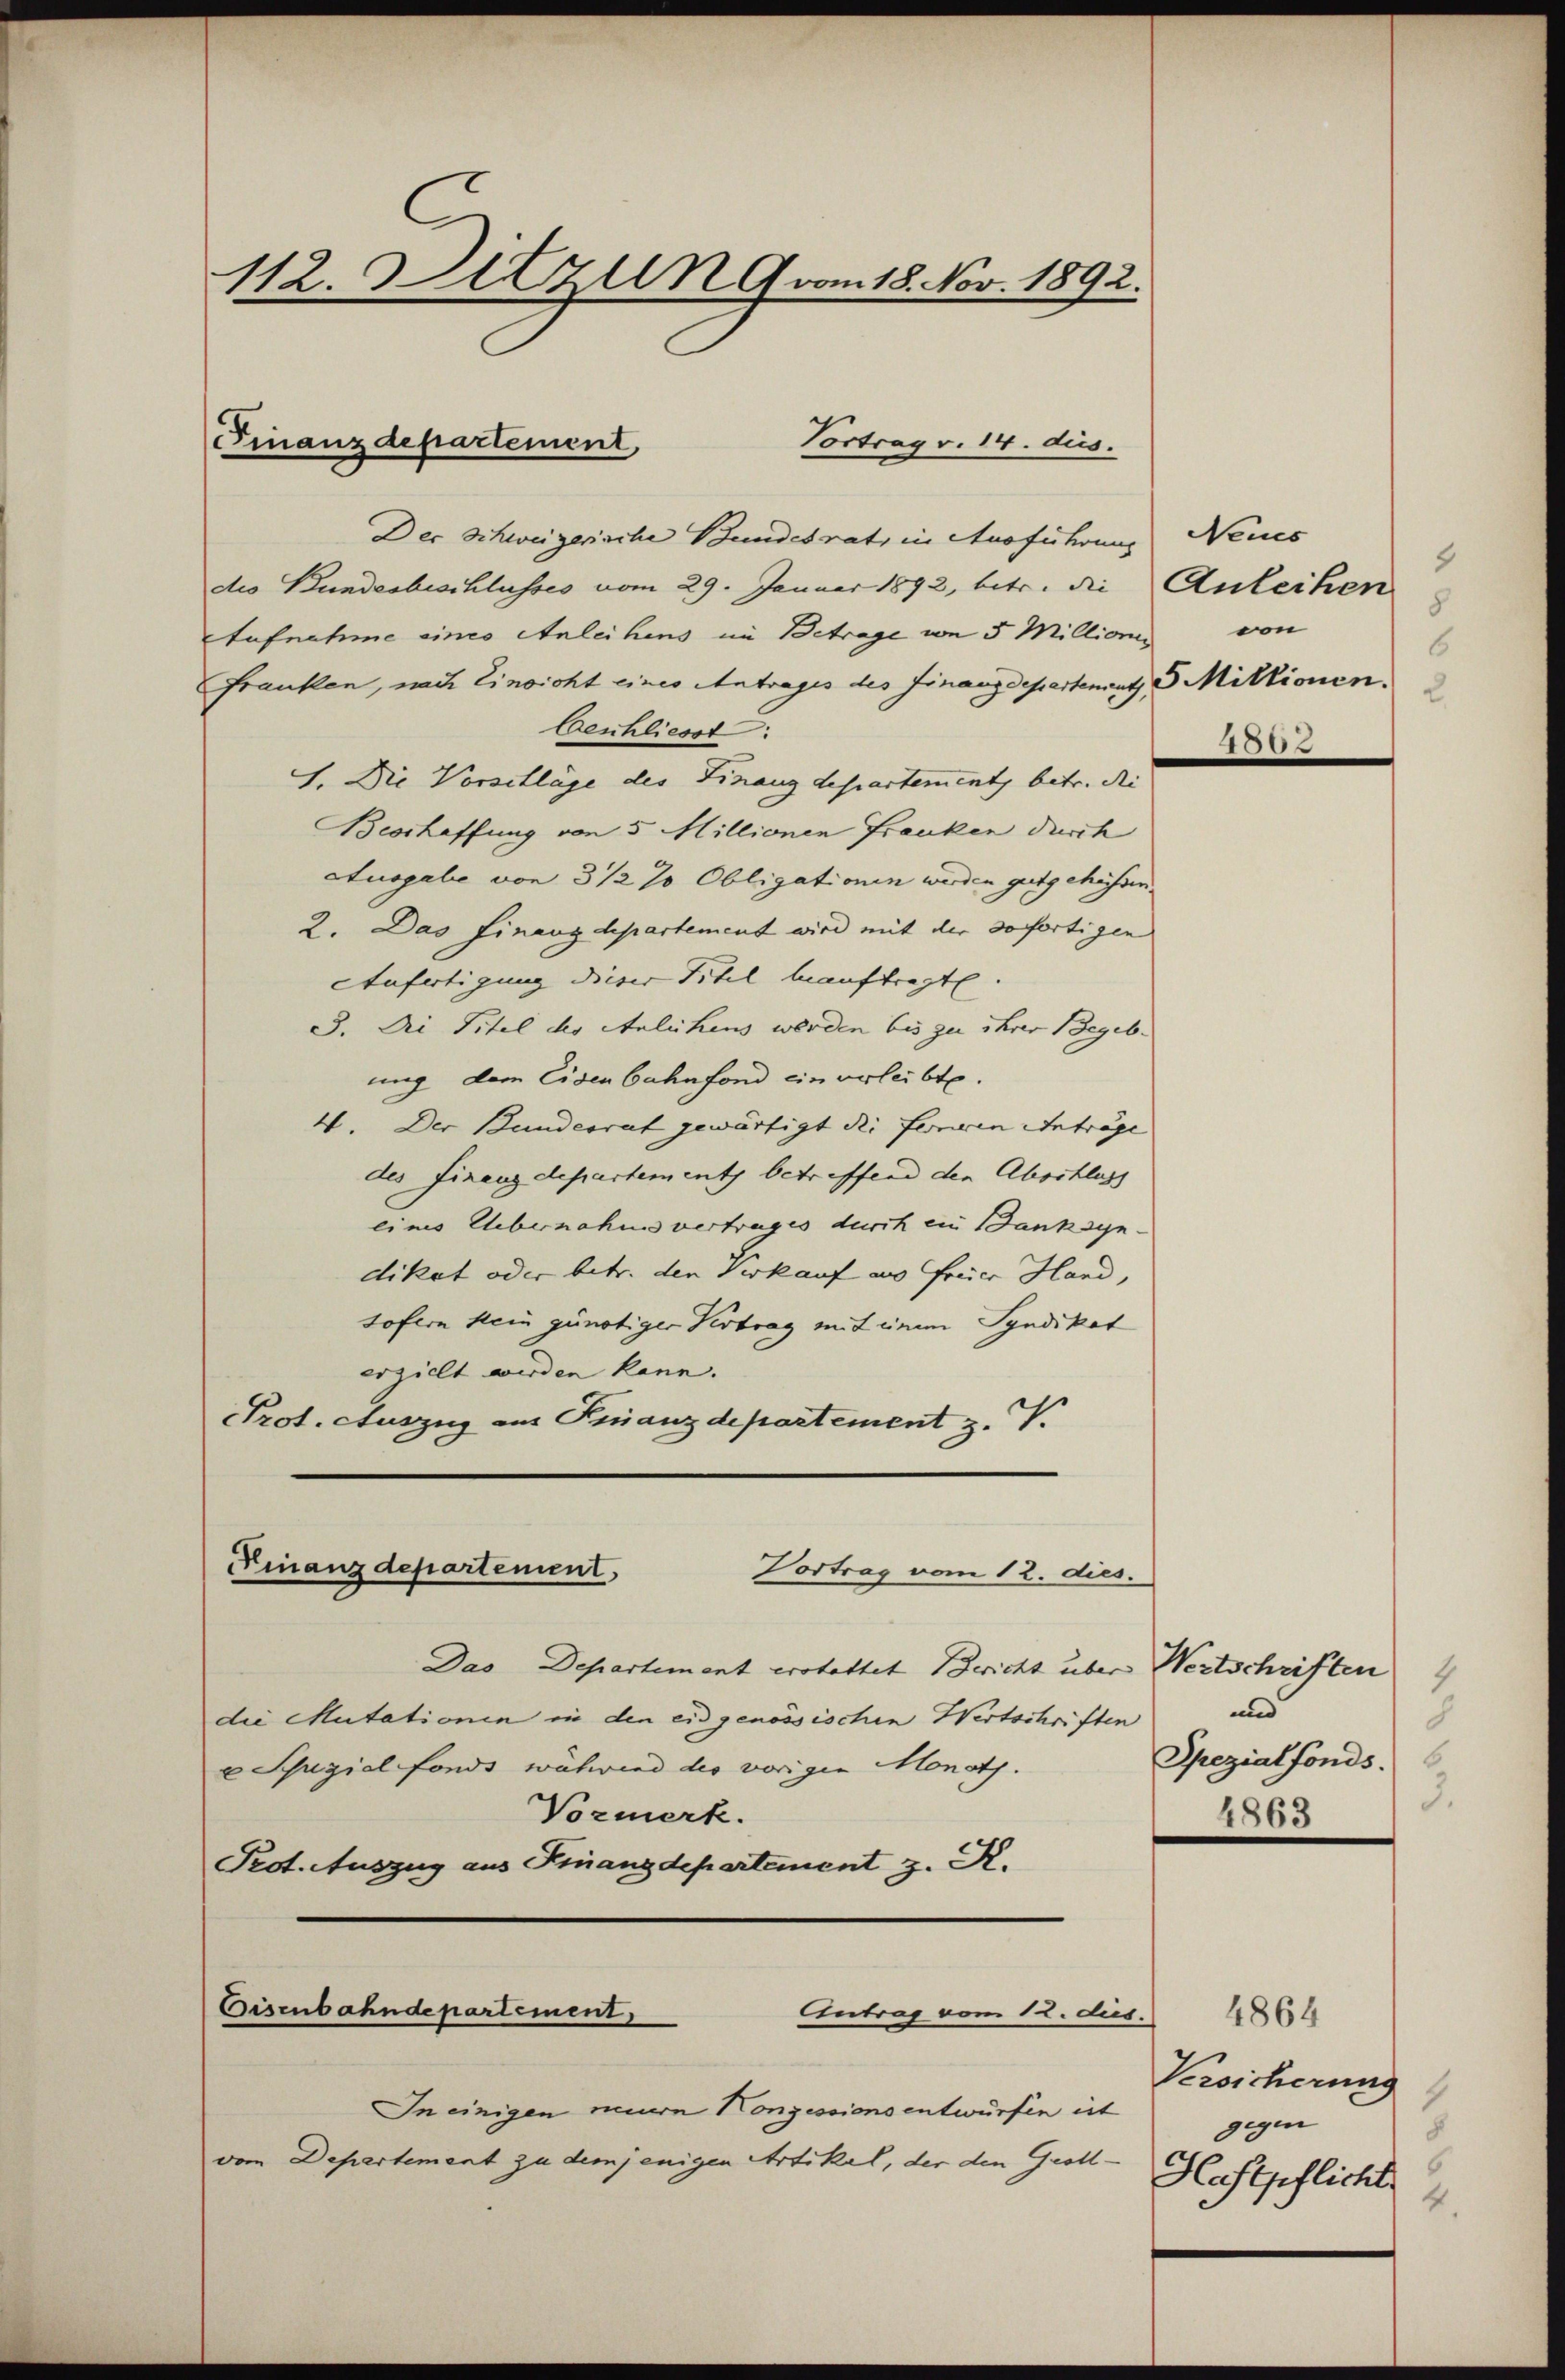
112. Sitzung vom 18. Nov. 1892.

Der Schweizerische Bundesrat, in Ausführung
des Bundesbeschlusses vom 29. Januar 1892, betr. die Anleihen
Aufnahme eines Anleihens im Betrage von 5 Millionis von
Franken, nach Einsicht eines Antrages des Finanzdepartement 5 Millionen.
Aeschliesst.
I. Die Vorschläge des Finanzdepartement, betr. di
Beschaffung von 5 Millionen Franken durch
Ausgabe von 3 1/2 % Obligationen werden gutgehühren.
2. Das Finanzdepartement wird mit der sofortigen
Anfertigung dieser Titel beauftragte.
3. Die Titel des Anlichens werden bis zu ihrer Begeb
ung dem Eisenbahnfond ein verleibt.
V. Der Bundesrat gewärtigt die ferneren Antrage
des Finanzdepartements betreffend den Abschluss
eines Uebernahme vertrages durch ein Banksyn-
dikat oder betr. den Verkauf aus freier Hand,
sofern kein günstiger Vertrag mit eine Syndikat
erzielt werden kann.
Prot. Auszug aus Finanzdepartement z. V.
Finanzdepartement
Vortrag vom 12. dies.

Finanzdepartement,
Vortrag v. 14. dus.

Das Departement erstattet Bericht über Wertschriften
die Mutationen in den eidgenössischen Wertschriften
v Schupiel fonds wähwind der vorigin Monath.
Vormerk.
Pedt. Auszug aus Finanzdepartement z. R.

Eisenbahndepartement,
Antrag vom 12. dies.

In einigen minen Konzessionsentwürfen ist
vom Departement zu demjenigen Artikel, der den Groll¬

Neues
8
8
6

200

4
und
S
Spezialfonds.
3.
4863

4864
Versicherung
gegen
8
Haftpflicht